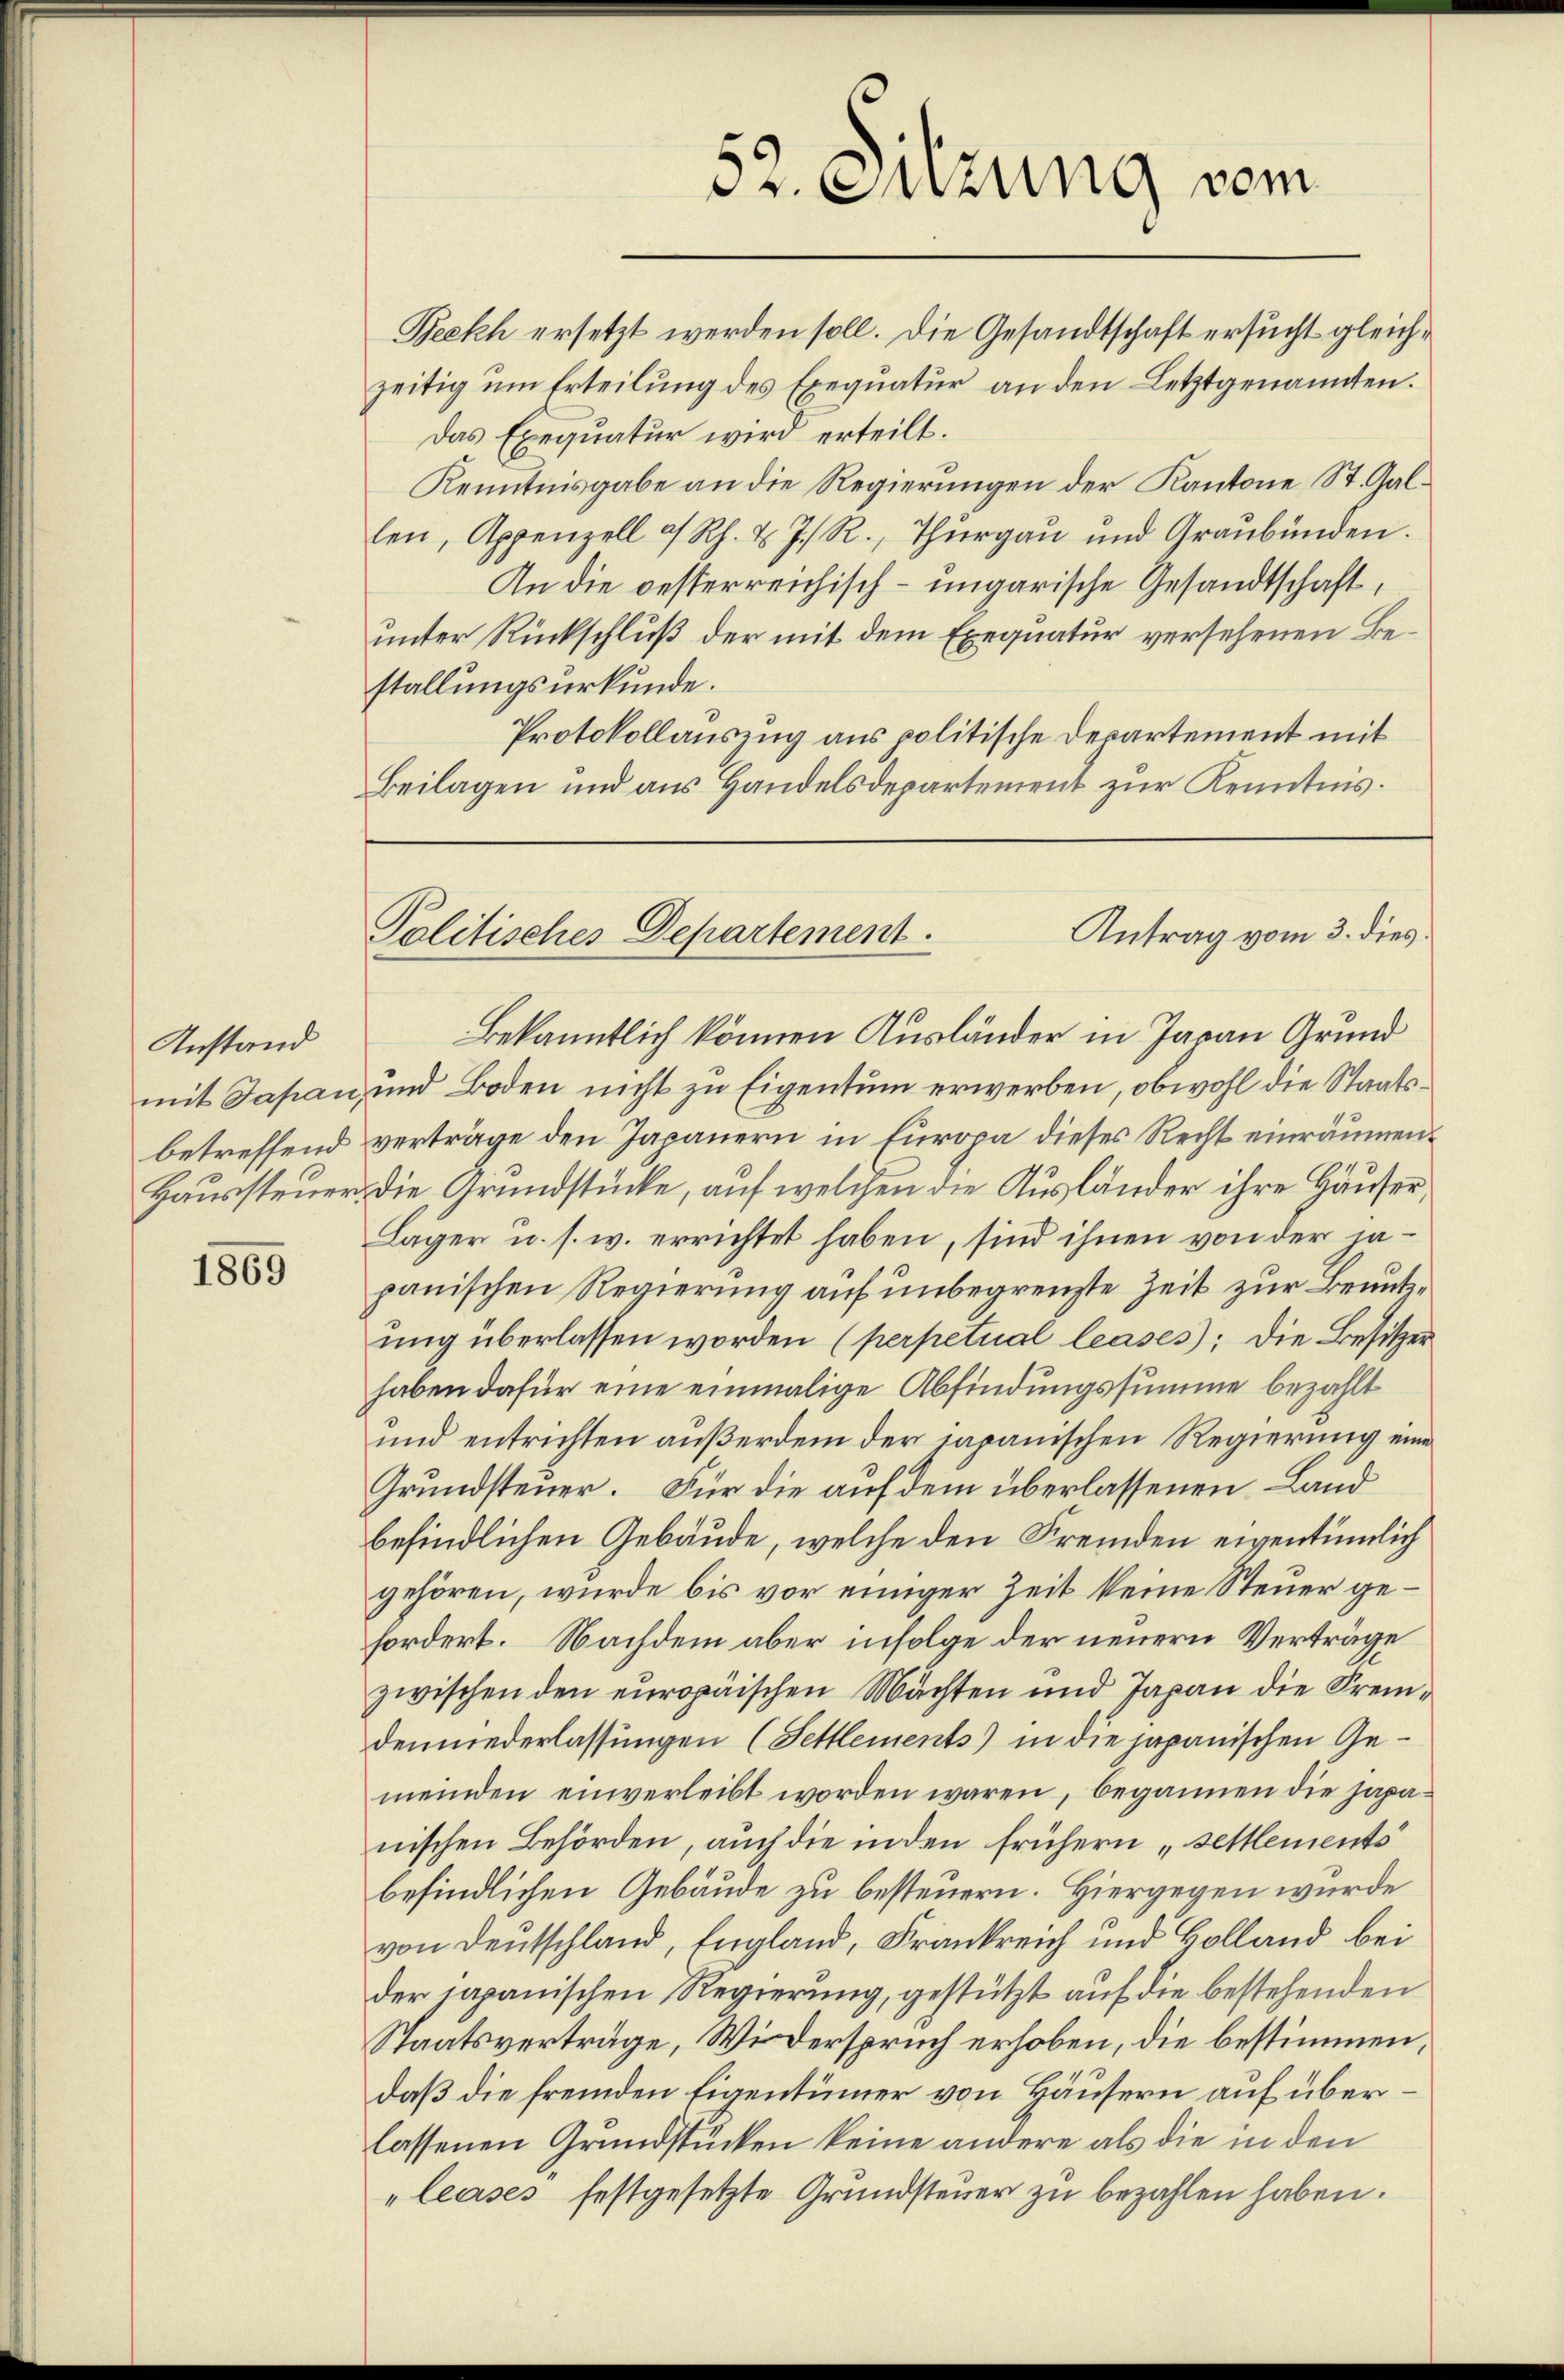
Anstand
mit Japan,
betreffend
Haussteuer.

1865

Reckh ersetzt werden soll. Die Gesandtschaft ersucht gleichzeitig um Erteilung des Exequatur an den Letztgenannten.
Das Exequatur wird erteilt.
Kenntnisgabe an die Regierungen der Kantone St. Gallen, Appenzell a. Rh. & J. R., Thurgau und Graubünden.
An die oesterreichisch-ungarische Gesandtschaft,
unter Rückschluß der mit dem Exequatur versehenen Bestallungsurkunde.
Protokollauszug aus politische Departement mit
Beilagen und aus Handelsdepartement zur Kenntnis.

52. Suzung vom

Antrag vom 3. dies
Politisches Departement.

Bekanntlich können Ausländer in Jaran Grund
und Boden nicht zu Eigentum erwerben, obwohl die Staatsverträge den Japanern in Europa dieses Recht einräumen¬
Die Grundstücke, auf welchen die Ausländer ihre Häuser
Lager u. s. w. errichtet haben, sind ihnen von der japanischen Regierung auf unbegrenzte Zeit zur Benutzung überlassen worden (perpetual leases); die Besitzer
haben dafür eine einmalige Abfindungssumme bezahlt
und entrichten außerdem der japanischen Regierung eine
Grundsteuer. Für die auf dem überlassenen Land
befindlichen Gebäude, welche den Fremden eigentümlich
gehören, wurde bis vor einiger Zeit keine Steuer gefordert. Nachdem aber infolge der neuern Verträge
zwischen den europäischen Mächten und Japan die Fremdeniederlassungen (Fettlements) in die japanischen Gemeinden einverleibt worden wären, begannen die japanischen Behörden, auch die inden frühern „sellements
befindlichen Gebäude zu besteuern. Hiergegen wurde
von Deutschland, England, Frankreich und Holland bei
der japanischen Regierung, gestützt auf die bestehenden
Staatsverträge, Widerspruch erhoben, die bestimmen,
daß die fremden Eigentümer von Häusern auf überlassenen Grundstücken keine andere als die in den
"leuses festgesetzte Grundsteuer zu bezahlen haben.